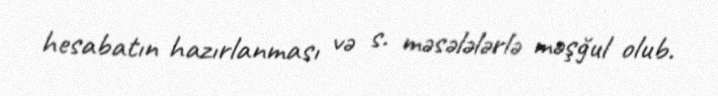
hesabatın hazırlanması və s. məsələlərlə məşğul olub.